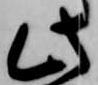
此